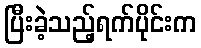
ပြီးခဲ့သည့်ရက်ပိုင်းက